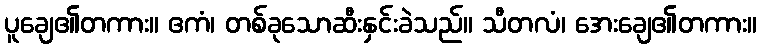
ပူချေ၏တကား။ ဧကံ၊ တစ်ခုသောဆီးနှင်းခဲသည်။ သီတလံ၊ အေးချေ၏တကား။